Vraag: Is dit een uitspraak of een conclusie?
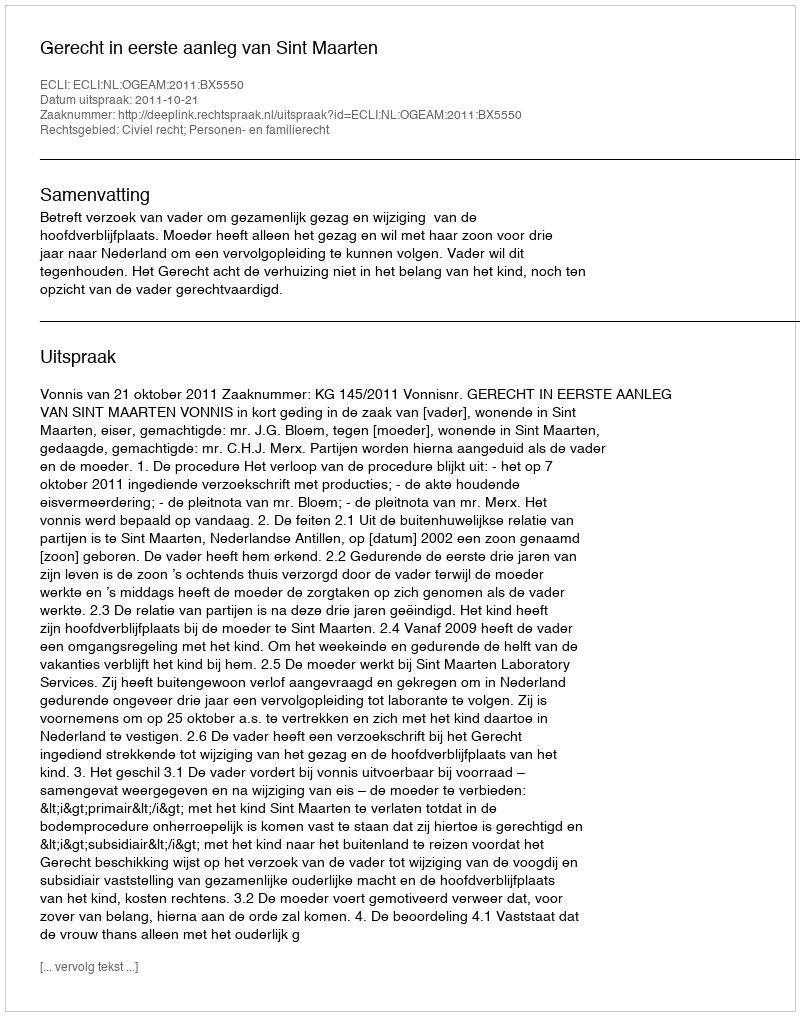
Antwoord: Uitspraak